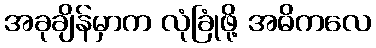
အခုချိန်မှာက လုံခြုံဖို့ အဓိကလေ